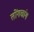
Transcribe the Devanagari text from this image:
तोंगचांग